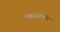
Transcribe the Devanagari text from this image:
प्रकरांमध्ये